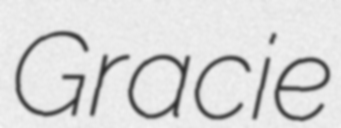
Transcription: Gracie